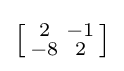
\left[{\begin{smallmatrix}2&-1\\-8&2\end{smallmatrix}}\right]